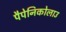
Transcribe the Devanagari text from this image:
पैपेनिकोलाउ